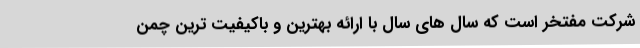
شرکت مفتخر است که سال های سال با ارائه بهترین و باکیفیت ترین چمن